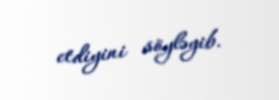
etdiyini söyləyib.